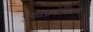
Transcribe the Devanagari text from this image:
उच्चक्रोमियम